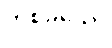
တစ်ခုသော